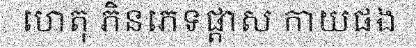
ហេតុ ភិនភេទផ្តាស កាយផង